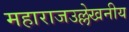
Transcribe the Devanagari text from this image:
महाराजउल्लेखनीय